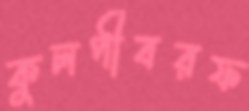
কুলপীবরফ